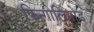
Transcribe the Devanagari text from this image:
फिन्गोलिमोड